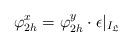
LaTeX: \begin{align*}\varphi_{2h}^x = \varphi_{2h}^y \cdot \epsilon |_{I_{\mathfrak{L}}}\end{align*}